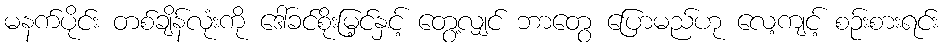
မနက်ပိုင်း တစ်ချိန်လုံးကို ဒေါ်ခင်စိုးမြ့င်နှင့် တွေ့လျှင် ဘာတွေ ပြောမည်ဟု လေ့ကျင့် စဉ်းစားရင်း